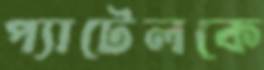
প্যাটেলকে